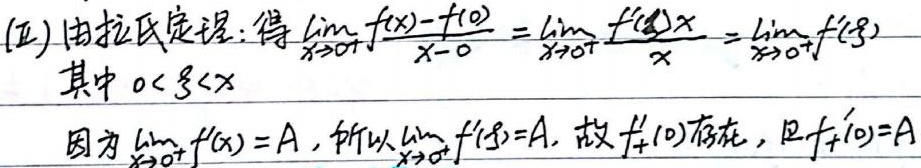
(1) 由拉氏定理：得\(\lim_{x \to 0^{+}}\frac{f(x)-f(0)}{x - 0}=\lim_{x \to 0^{+}}\frac{f^{\prime}(\xi)x}{x}=\lim_{x \to 0^{+}}f^{\prime}(\xi)\)
其中\(0<\xi<x\)
因为\(\lim_{x \to 0^{+}}f^{\prime}(x)=A\)，所以\(\lim_{x \to 0^{+}}f^{\prime}(\xi)=A\)，故\(f_{+}^{\prime}(0)\)存在，且\(f_{+}^{\prime}(0)=A\)